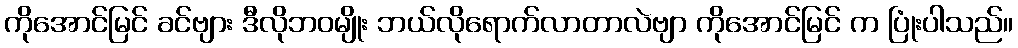
ကိုအောင်မြင် ခင်ဗျား ဒီလိုဘဝမျိုး ဘယ်လိုရောက်လာတာလဲဗျာ ကိုအောင်မြင် က ပြုံးပါသည်။